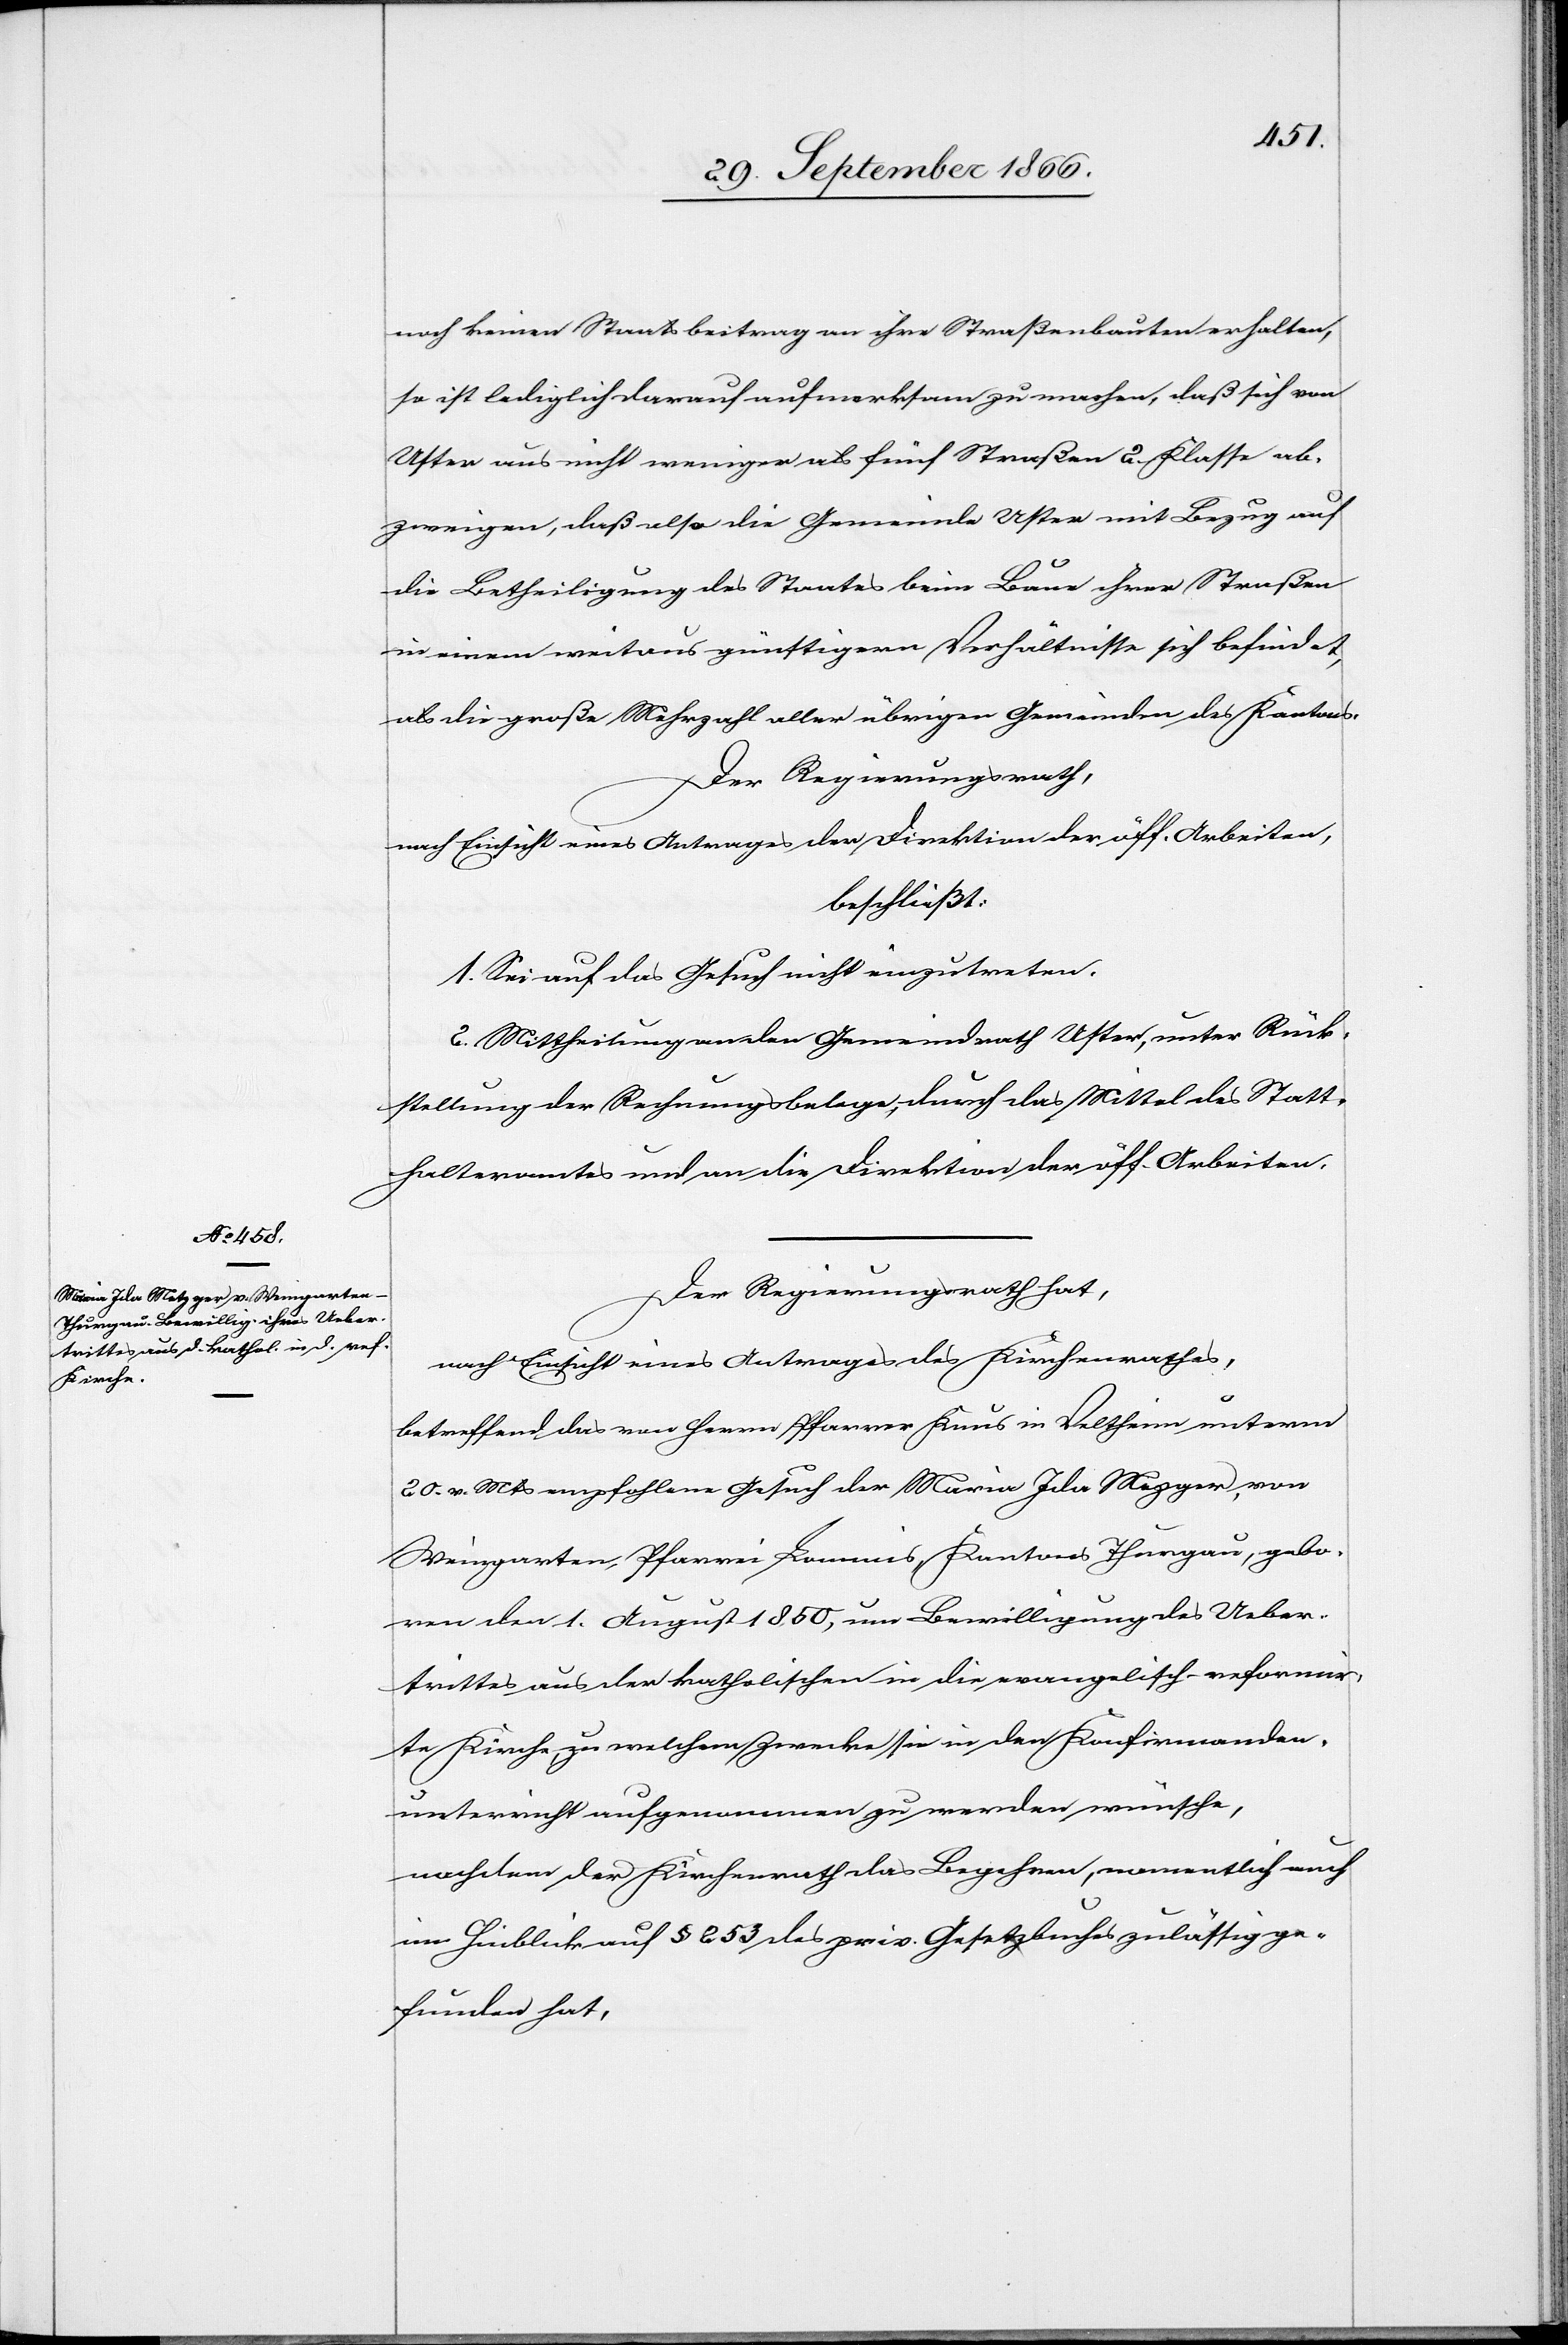
noch keinen Staatsbeitrag an ihre Straßenbauten erhalten,
so ist lediglich darauf aufmerksam zu machen, daß sich von
Uster aus nicht weniger als fünf Straßen 2. Klasse ab¬
zweigen, daß also die Gemeinde Uster mit Bezug auf
die Betheiligung des Staates beim Baue ihrer Straßen
in einem weitaus günstigern Verhältnisse sich befindet,
als die große Mehrheit aller übrigen Gemeinden des Kantons.
Der Regierungsrath,
nach Einsicht eines Antrages der Direktion der öff. Arbeiten,
beschließt:
1. Sei auf das Gesuch nicht einzutreten.
2. Mittheilung an den Gemeindrath Uster, unter Rück¬
stellung der Rechnungsbelege, durch das Mittel des Statt¬
halteramtes und an die Direktion der öff. Arbeiten.
Der Regierungsrath hat,
nach Einsicht eines Antrages des Kirchenrathes,
betreffend das von Herrn Pfarrer Knus in Veltheim unterm
20. v. Mts empfohlene Gesuch der Maria Ida Mezger
Weingarten, Pfarrei Lommis, Kantons Thurgau, gebo¬
ren den 1. August 1850, um Bewilligung des Ueber¬
trittes aus der katholischen in die evangelisch-reformir¬
te Kirch, zu welchem Zwecke sie in den Konfirmanden¬
unterricht aufgenommen zu werden wünsche,
nachdem der Kirchenrath das Begehren, namentlich auch
im Hinblick auf § 253 des priv. Gesetzbuches zulässig ge¬
funden hat,